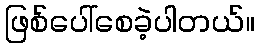
ဖြစ်ပေါ်စေခဲ့ပါတယ်။